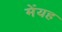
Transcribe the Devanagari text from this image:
मेंयह